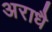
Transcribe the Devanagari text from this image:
अराधै